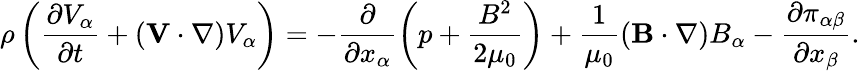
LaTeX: \rho\left(\frac{\partial V_{\alpha}}{\partial t}+(\mathbf{V}\cdot\nabla)V_{\alpha}\right)=-\frac{\partial}{\partial x_{\alpha}}\left(p+\frac{B^{2}}{2\mu_{0}}\right)+\frac{1}{\mu_{0}}(\mathbf{B}\cdot\nabla)B_{\alpha}-\frac{\partial\pi_{\alpha\beta}}{\partial x_{\beta}}.